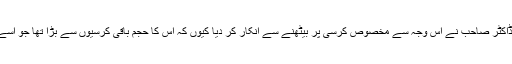
ایک تعلیمی ادارے کی تقریب میں ڈاکٹر صاحب نے اس وجہ سے مخصوص کرسی پر بیٹھنے سے انکار کر دیا کیوں کہ اس کا حجم باقی کرسیوں سے بڑا تھا جو اسے باقی نشستوں سے ممتاز کرتا تھا۔